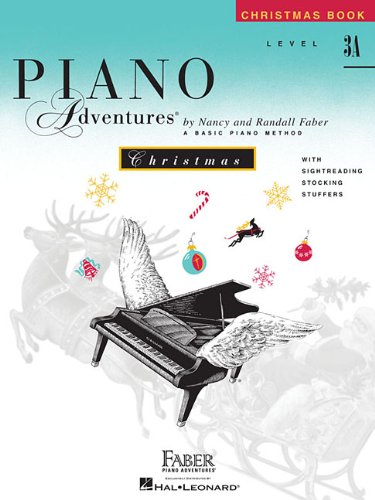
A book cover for Level 3A - Christmas Book: Piano Adventures; Humor & Entertainment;